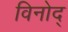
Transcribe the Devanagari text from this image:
विनोद्